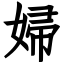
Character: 婦